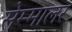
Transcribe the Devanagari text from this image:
सेम्मालर